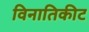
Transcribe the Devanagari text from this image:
विनातिकीट